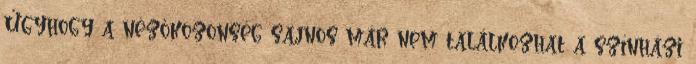
Úgyhogy a nézőközönség sajnos már nem találkozhat a színházi